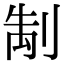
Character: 𭃭